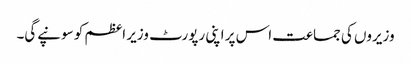
وزیروں کی جماعت اس پر اپنی رپورٹ وزیر اعظم کو سونپے‌گی۔